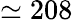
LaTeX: \simeq 208